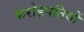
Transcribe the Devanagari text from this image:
करोड़पतियों